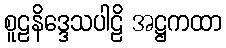
စူဠနိဒ္ဒေသပါဠိ အဋ္ဌကထာ